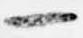
一